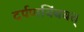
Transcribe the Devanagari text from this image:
दर्पणबिंबवत्